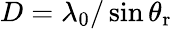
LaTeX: D=\lambda_{0}/\sin{\theta_{\mathrm{r}}}